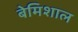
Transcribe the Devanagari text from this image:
बेमिशाल